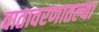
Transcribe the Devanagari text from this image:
वातावरणातल्या